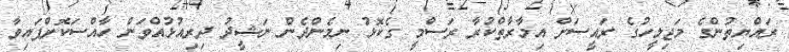
ރައްޔިތުންގެ މަޖިލީހުގެ ރައީސަށް އިމާރާތްކުރާ ރަސްމީ ގެކޮޅު ނިމެންދެން ނަޝީދު ދިރިއުޅުއްވަން ހާއްސަކޮށްފައިވާ